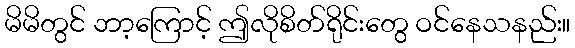
မိမိတွင် ဘာ့ကြောင့် ဤလိုစိတ်ရိုင်းတွေ ဝင်နေသနည်း။